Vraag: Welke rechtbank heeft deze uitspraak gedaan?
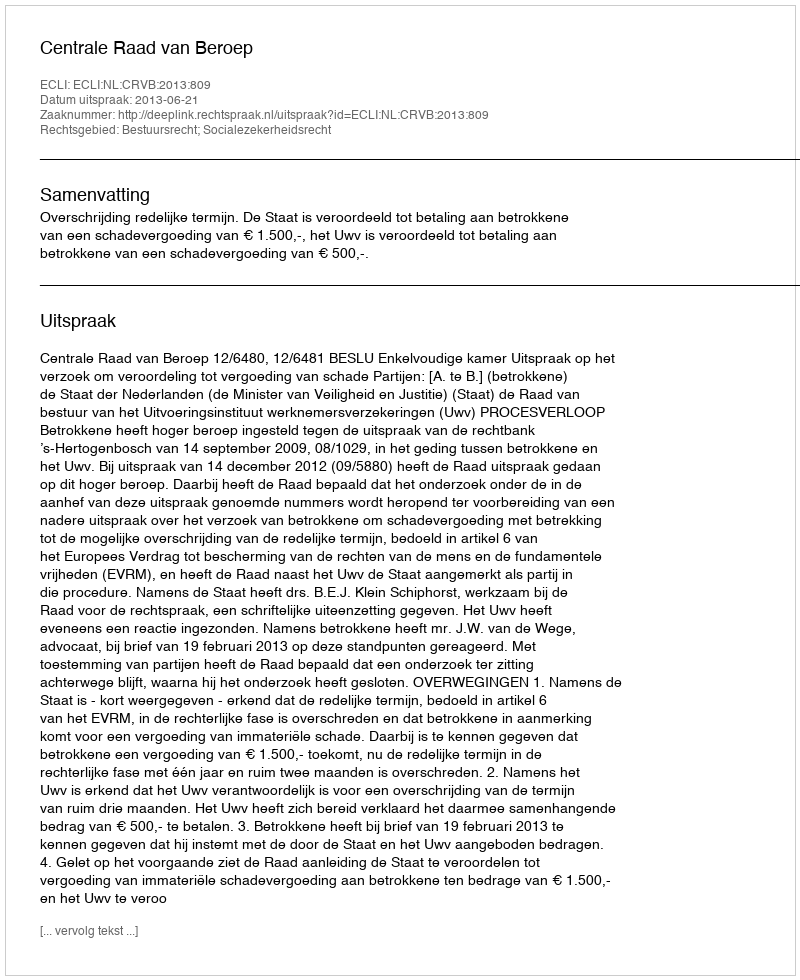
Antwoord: Centrale Raad van Beroep